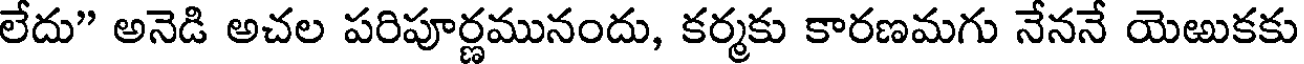
లేదు" అనెడి అచల పరిపూర్ణమునందు, కర్మకు కారణమగు నేననే యెఱుకకు